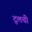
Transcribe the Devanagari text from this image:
टूलची